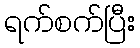
ရက်စက်ပြီး